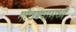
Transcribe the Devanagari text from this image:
गोठण्यामध्ये